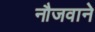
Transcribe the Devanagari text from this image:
नौजवाने